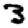
Digit: 3